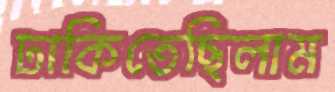
ঢাকিতেছিলাম